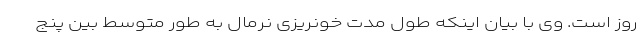
روز است. وی با بیان اینکه طول مدت خونریزی نرمال به طور متوسط بین پنج